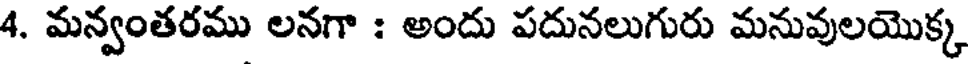
4. మన్వంతరము లనగా : అందు పదునలుగురు మనువులయొక్క